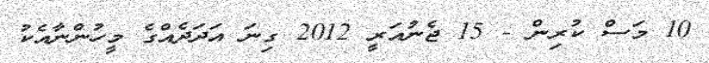
10 މަސް ކުރިން - 15 ޖެނުއަރީ 2012 ގިނަ އަދަދެއްގެ މީހުންނާއެކު